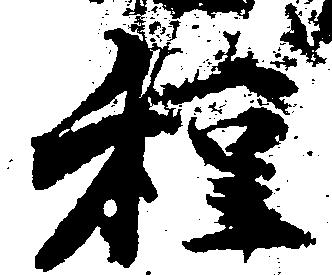
種